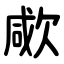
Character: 㰹